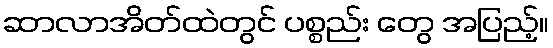
ဆာလာအိတ်ထဲတွင် ပစ္စည်း တွေ အပြည့်။